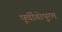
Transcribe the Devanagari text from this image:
पूर्वीगोपुरम